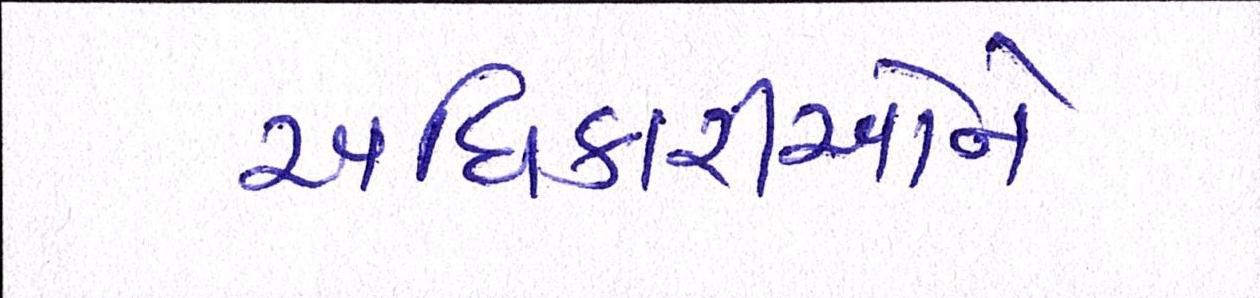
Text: અધિકારીઓને